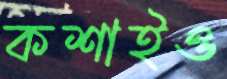
কশাইও